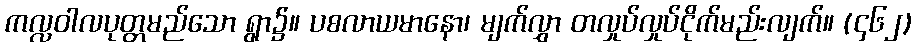
ကလ္လဝါလပုတ္တမည်သော ရွာ၌။ ပစလာယမာနော၊ မျက်လွှာ တလှုပ်လှုပ်ငိုက်မည်းလျက်။ (၄၆၂)